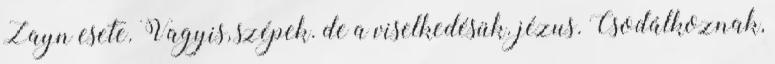
Zayn esete. Vagyis, szépek. de a viselkedésük. jézus. Csodálkoznak,